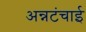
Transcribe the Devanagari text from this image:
अन्नटंचाई